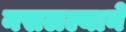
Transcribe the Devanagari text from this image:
नसलल्याने